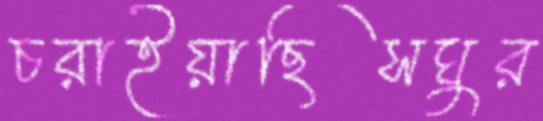
চরাইয়াছিসঘুর